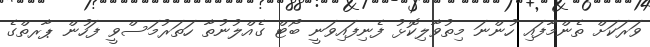
ވަރަކަށް ތެންމާފައި ހުންނަ މިތުވާލިކޮޅު ފެނިފައިވަނީ ބޯޓް ގެއްލުނުތާ ހަތަރުމަސްވީ ފަހުން ޕާރތްގެ